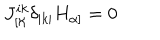
J _ { [ \aleph } ^ { i k } \delta _ { | k | } H _ { \alpha ] } = 0